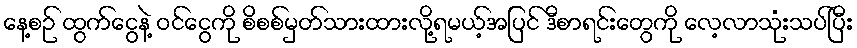
နေ့စဉ် ထွက်ငွေနဲ့ ဝင်ငွေကို စိစစ်မှတ်သားထားလို့ရမယ့်အပြင် ဒီစာရင်းတွေကို လေ့လာသုံးသပ်ပြီး